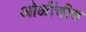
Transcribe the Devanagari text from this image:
ओळींचीच